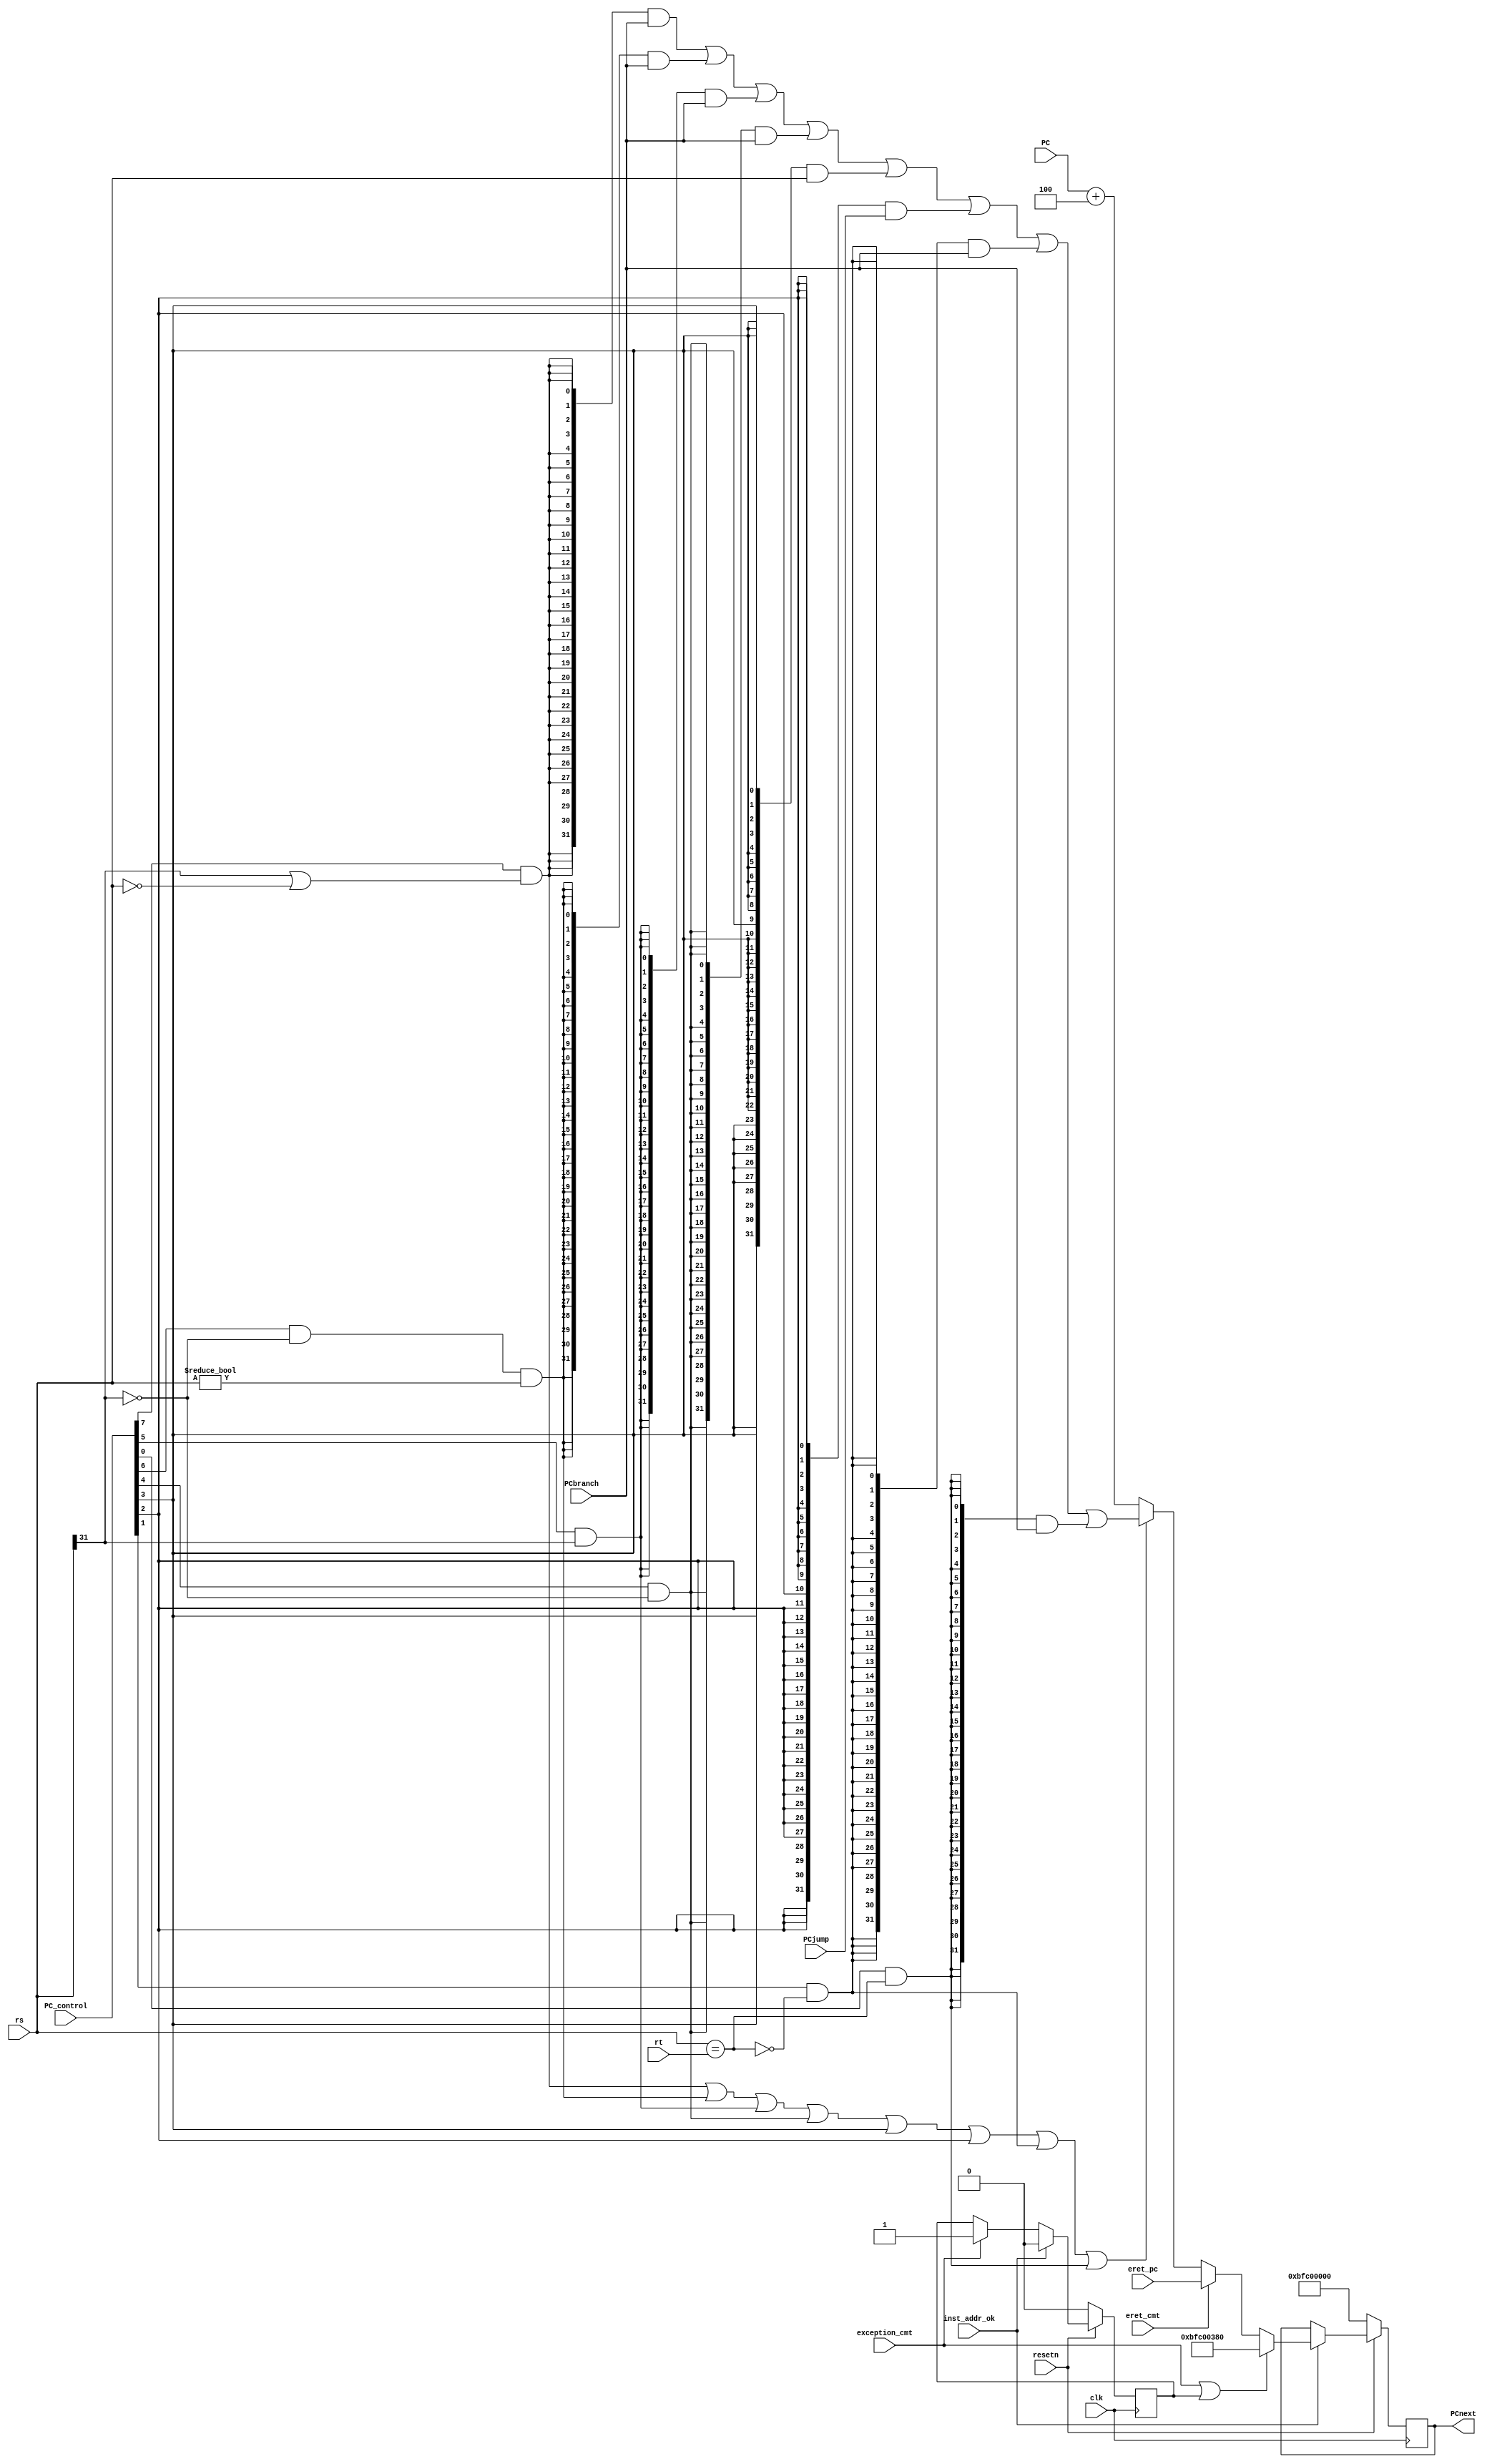
module branch_jump_control(
  input clk,
  input resetn,
  input inst_addr_ok,
  input exception_cmt,
  input eret_cmt,
  input [31:0] eret_pc,
	input [7:0] PC_control,
	input [31:0] PCbranch,
	input [31:0] PCjump,
	input [31:0] PC,
	input [31:0] rs,
	input [31:0] rt,
	output reg [31:0] PCnext
	);
wire zero;
wire [31:0] PCbranch_jump;
wire bj;
wire [31:0] PCnext_wire;
assign bj =  (PC_control[7]&(rs[31]|(rs==32'd0)))|(PC_control[6]&(~rs[31])&(rs!=32'd0))
          |(PC_control[5]&rs[31]) | (PC_control[4]&(~rs[31])) 
          | PC_control[3] | PC_control[2] | (PC_control[1]&(~zero)) |(PC_control[0]&zero);

assign zero = (rs==rt);
assign PCbranch_jump=({32{PC_control[7]&(rs[31]|(rs==32'd0))}} & PCbranch)//blez
   |({32{PC_control[6]&(~rs[31])&(rs!=32'd0)}} & PCbranch)//bgtz
   |({32{PC_control[5]&rs[31]}} & PCbranch)//bltz
   |({32{PC_control[4]&(~rs[31])}} & PCbranch)//bgez
   |({32{PC_control[3]}} & rs)//jr
   |({32{PC_control[2]}} & PCjump   )//jal
   |({32{PC_control[1]&(~zero)}} & PCbranch)//bne
   |({32{PC_control[0]&zero}} & PCbranch);//beq

assign PCnext_wire=(exception_cmt|ready_to_ex)?32'hbfc00380:(eret_cmt==1'd1)?eret_pc:(bj==1'd1)?PCbranch_jump:(PC+32'd4);
reg ready_to_ex;
always @(posedge clk) begin
  if (~resetn) begin
    // reset
    PCnext<=32'hbfc00000;
    ready_to_ex<=1'd0;
  end
  else if (inst_addr_ok) begin
    PCnext<=PCnext_wire;
    ready_to_ex<=1'd0;
  end
  else if (exception_cmt)begin
    ready_to_ex<=1'd1;
  end
end
endmodule